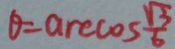
\theta = \arccos \frac { \sqrt { 3 } } { 6 }